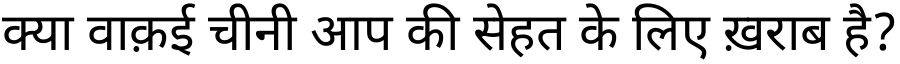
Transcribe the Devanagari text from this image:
क्या वाक़ई चीनी आप की सेहत के लिए ख़राब है?